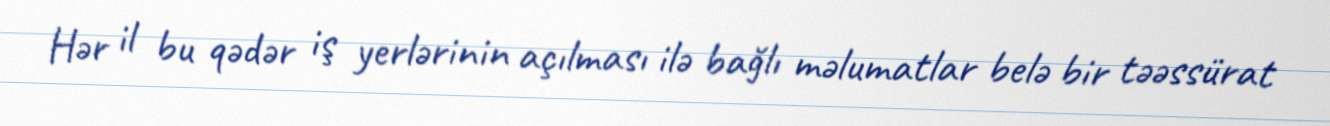
Hər il bu qədər iş yerlərinin açılması ilə bağlı məlumatlar belə bir təəssürat